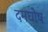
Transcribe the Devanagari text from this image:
दमघोष